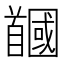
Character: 𩠲